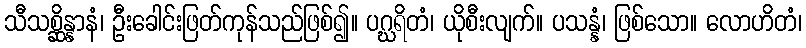
သီသစ္ဆိန္နာနံ၊ ဦးခေါင်းဖြတ်ကုန်သည်ဖြစ်၍။ ပဂ္ဃရိတံ၊ ယိုစီးလျက်။ ပသန္နံ၊ ဖြစ်သော။ လောဟိတံ၊